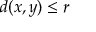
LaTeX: d ( x , y ) \leq r